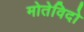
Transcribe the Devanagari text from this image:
मोतेविदो